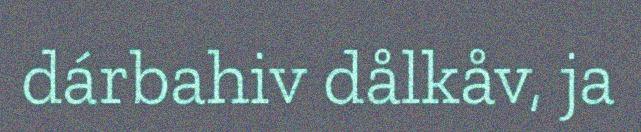
dárbahiv dålkåv, ja